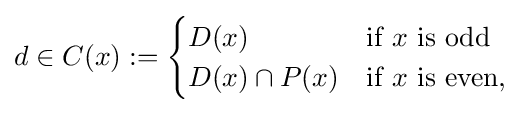
d\in C(x):={\begin{cases}D(x)&{\text{if }}x{\text{ is odd}}\\D(x)\cap P(x)&{\text{if }}x{\text{ is even,}}\end{cases}}